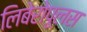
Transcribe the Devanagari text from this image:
लिबेरोपूलस